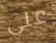
على